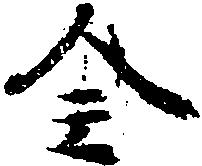
全